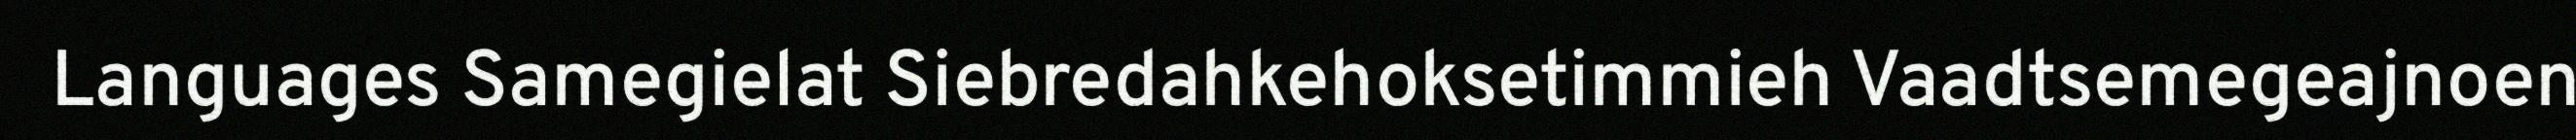
Languages Samegielat Siebredahkehoksetimmieh Vaadtsemegeajnoen